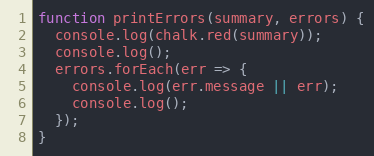
Language: JavaScript
function printErrors(summary, errors) {
  console.log(chalk.red(summary));
  console.log();
  errors.forEach(err => {
    console.log(err.message || err);
    console.log();
  });
}